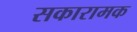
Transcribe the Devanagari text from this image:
सकारामक